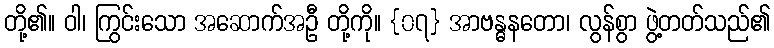
တို့၏။ ဝါ၊ ကြွင်းသော အဆောက်အဦ တို့ကို။ {၀၇} အာဗန္ဓနတော၊ လွန်စွာ ဖွဲ့တတ်သည်၏